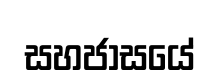
සහජාසයේ